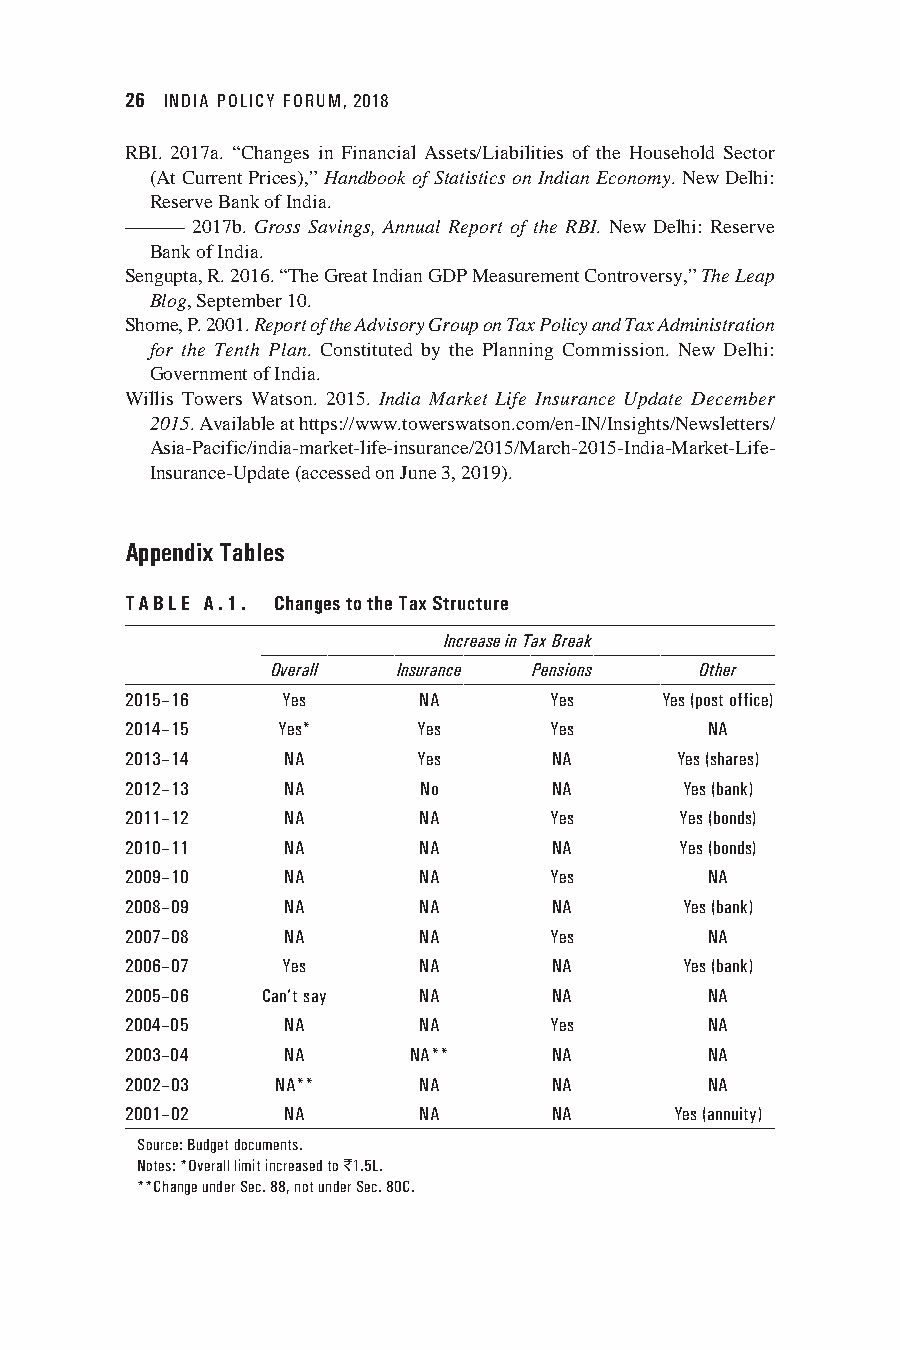
26 INDIA POLICY FORUM, 2018
 RBI. 2017a. “Changes in Financial Assets/Liabilities of the Household Sector
 (At Current Prices),” Handbook of Statistics on Indian Economy. New Delhi:
 Reserve Bank of India.
 ———  2017b. Gross Savings, Annual Report of the RBI. New Delhi: Reserve
 Bank of India.
 Sengupta, R. 2016. “The Great Indian GDP Measurement Controversy,” The Leap
 Blog, September 10.
 Shome, P. 2001. Report of the Advisory Group on Tax Policy and Tax Administration
 for the Tenth Plan. Constituted by the Planning Commission. New Delhi:
 Government of India.
 Willis Towers Watson. 2015. India Market Life Insurance Update December
 2015. Available at https://www.towerswatson.com/en-IN/Insights/Newsletters/
 Asia-Pacific/india-market-life-insurance/2015/March-2015-India-Market-Life-
 Insurance-Update (accessed on June 3, 2019).
 Appendix Tables
 TABLE A.1. Changes to the Tax Structure
 Increase in Tax Break
 Overall Insurance Pensions  Other
 2015–16    Yes      NA      Yes     Yes (post office)
 2014–15   Yes*      Yes     Yes        NA
 2013–14    NA       Yes     NA       Yes (shares)
 2012–13    NA       No      NA       Yes (bank)
 2011–12    NA       NA      Yes      Yes (bonds)
 2010–11    NA       NA      NA       Yes (bonds)
 2009–10    NA       NA      Yes        NA
 2008–09    NA       NA      NA       Yes (bank)
 2007–08    NA       NA      Yes        NA
 2006–07    Yes      NA      NA       Yes (bank)
 2005–06  Can’t say  NA      NA         NA
 2004–05    NA       NA      Yes        NA
 2003–04    NA      NA**     NA         NA
 2002–03   NA**      NA      NA         NA
 2001–02    NA       NA      NA       Yes (annuity)
 Source: Budget documents.
 Notes: *Overall limit increased to `1.5L.
 **Change under Sec. 88, not under Sec. 80C.